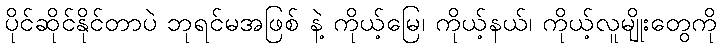
ပိုင်ဆိုင်နိုင်တာပဲ ဘုရင်မအဖြစ် နဲ့ ကိုယ့်မြေ၊ ကိုယ့်နယ်၊ ကိုယ့်လူမျိုးတွေကို